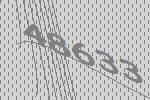
48633